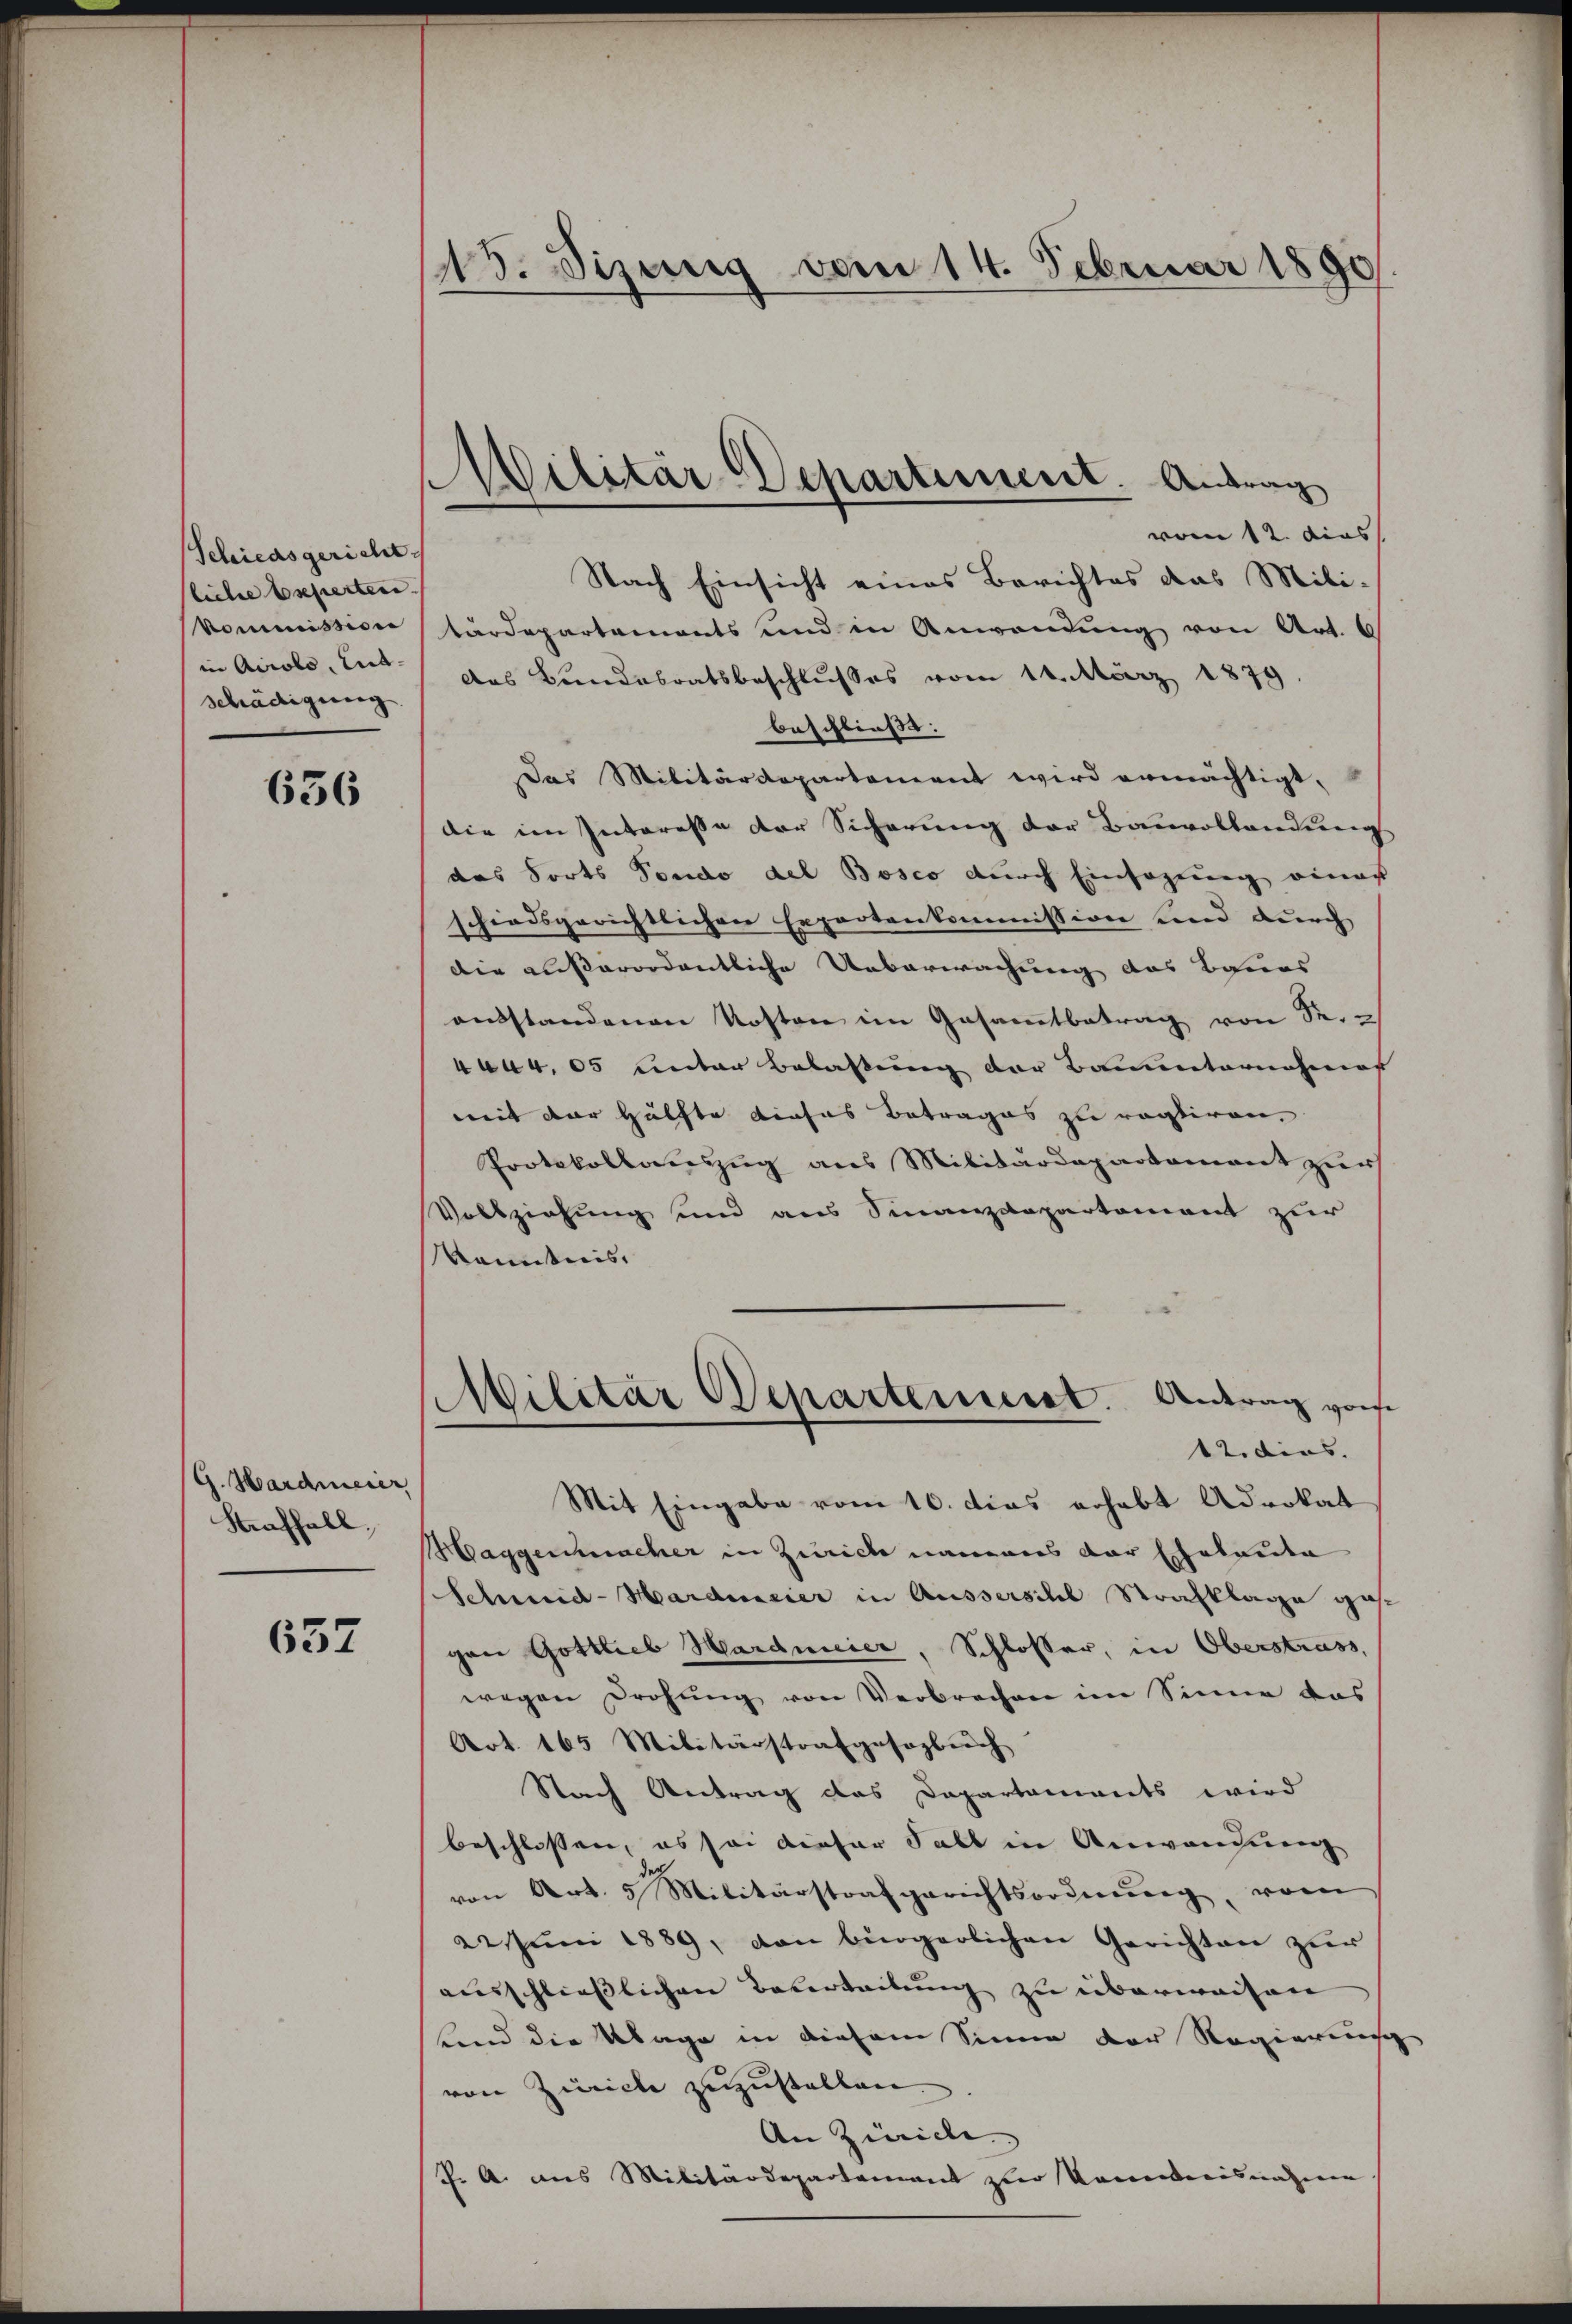
Schiedsgericht.
liche Experten.
Kommission
in Airolo, lit.
schädigung

636

G. Hardmeier,
Straffall,

657

15. Sizung vom 14. Februar 1890

MMilitär-Departement. Antrag

vom 12. das
Nach Einsicht eines Berichtes das Mili-
tärdepartaments und in Anwendung von Art. 6
das Bundesratsbeschlusses vom 14. März 1879
beschließt:
Das Militärdepartement wird ermächtigt,
die im Interesse der Sicherung der Bauvollandung
das Forts Pondo del Bosco durch Einfagung einer
schiedsgerichtlichen Expertenkommission und durch
die außerordentliche Ueberwachung des Baues
aŭsstandenen Kosten im Gesamtbetrag von Se.
444. 05 unter Belastung der Bauunternahmes
mit der Hälfte dieses Betrages zu rastiren,
Protokollauszug aus Militärdepartement zur
Vollziehung und aus Finanzdepartement zur
Kenntnis.
Militär Departement. Antrag von
12. dies. |
Mit Eingabe vom 16. dies erhebt Advokat
Maggenmacher in Zürich namens der Eheleute
Schmid-Hardmeier in Ausserschl Strafklage ges
gen Gottlieb Hardmeier, Schlosser, in Oberstrass
wegen drohŭng von Verbrechen im Sinne das
Art. 165 Militärstrafgesaglich
Nach Antrag das Dapartaments wird
beschlossen, es sei dieser Fall in Anwendung
von Art. 5 Militärstrafgerichtsordnŭng, vom
22. Jŭni 1889, den bürgerlichen Gerichten zŭr
ausschliesslichen Ueberteilung zu überweisen
band die Klage in diesem Sinne der Regierung
von Zürich zuzustellen
An Zürich
J. A. aus Militärdepartement zur Komenisnahme